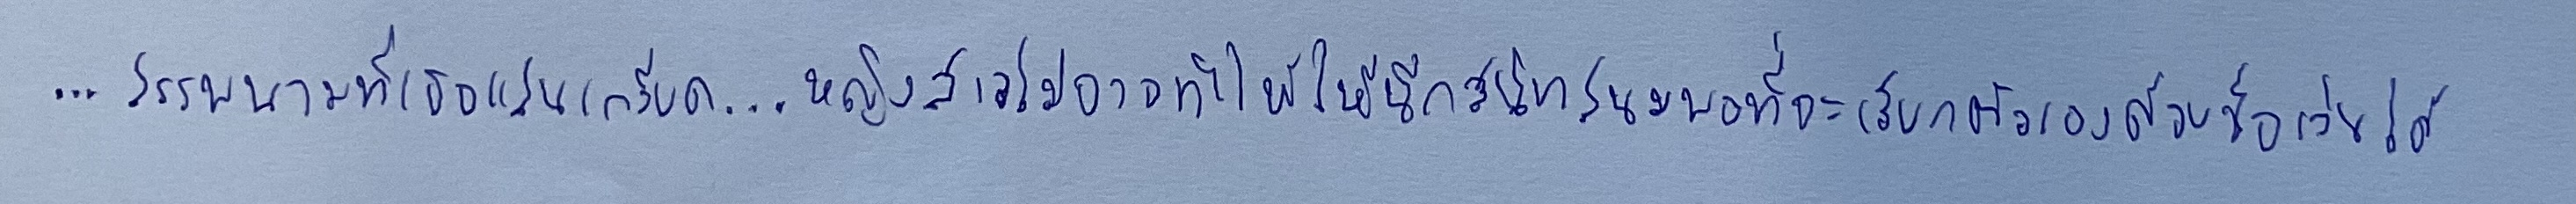
...สรรพนามที่เธอแสนเกลียด...หญิงสาวไม่อาจทำใจให้นึกสนิทสนมพอที่จะเรียกตัวเองด้วยชื่อเล่นได้